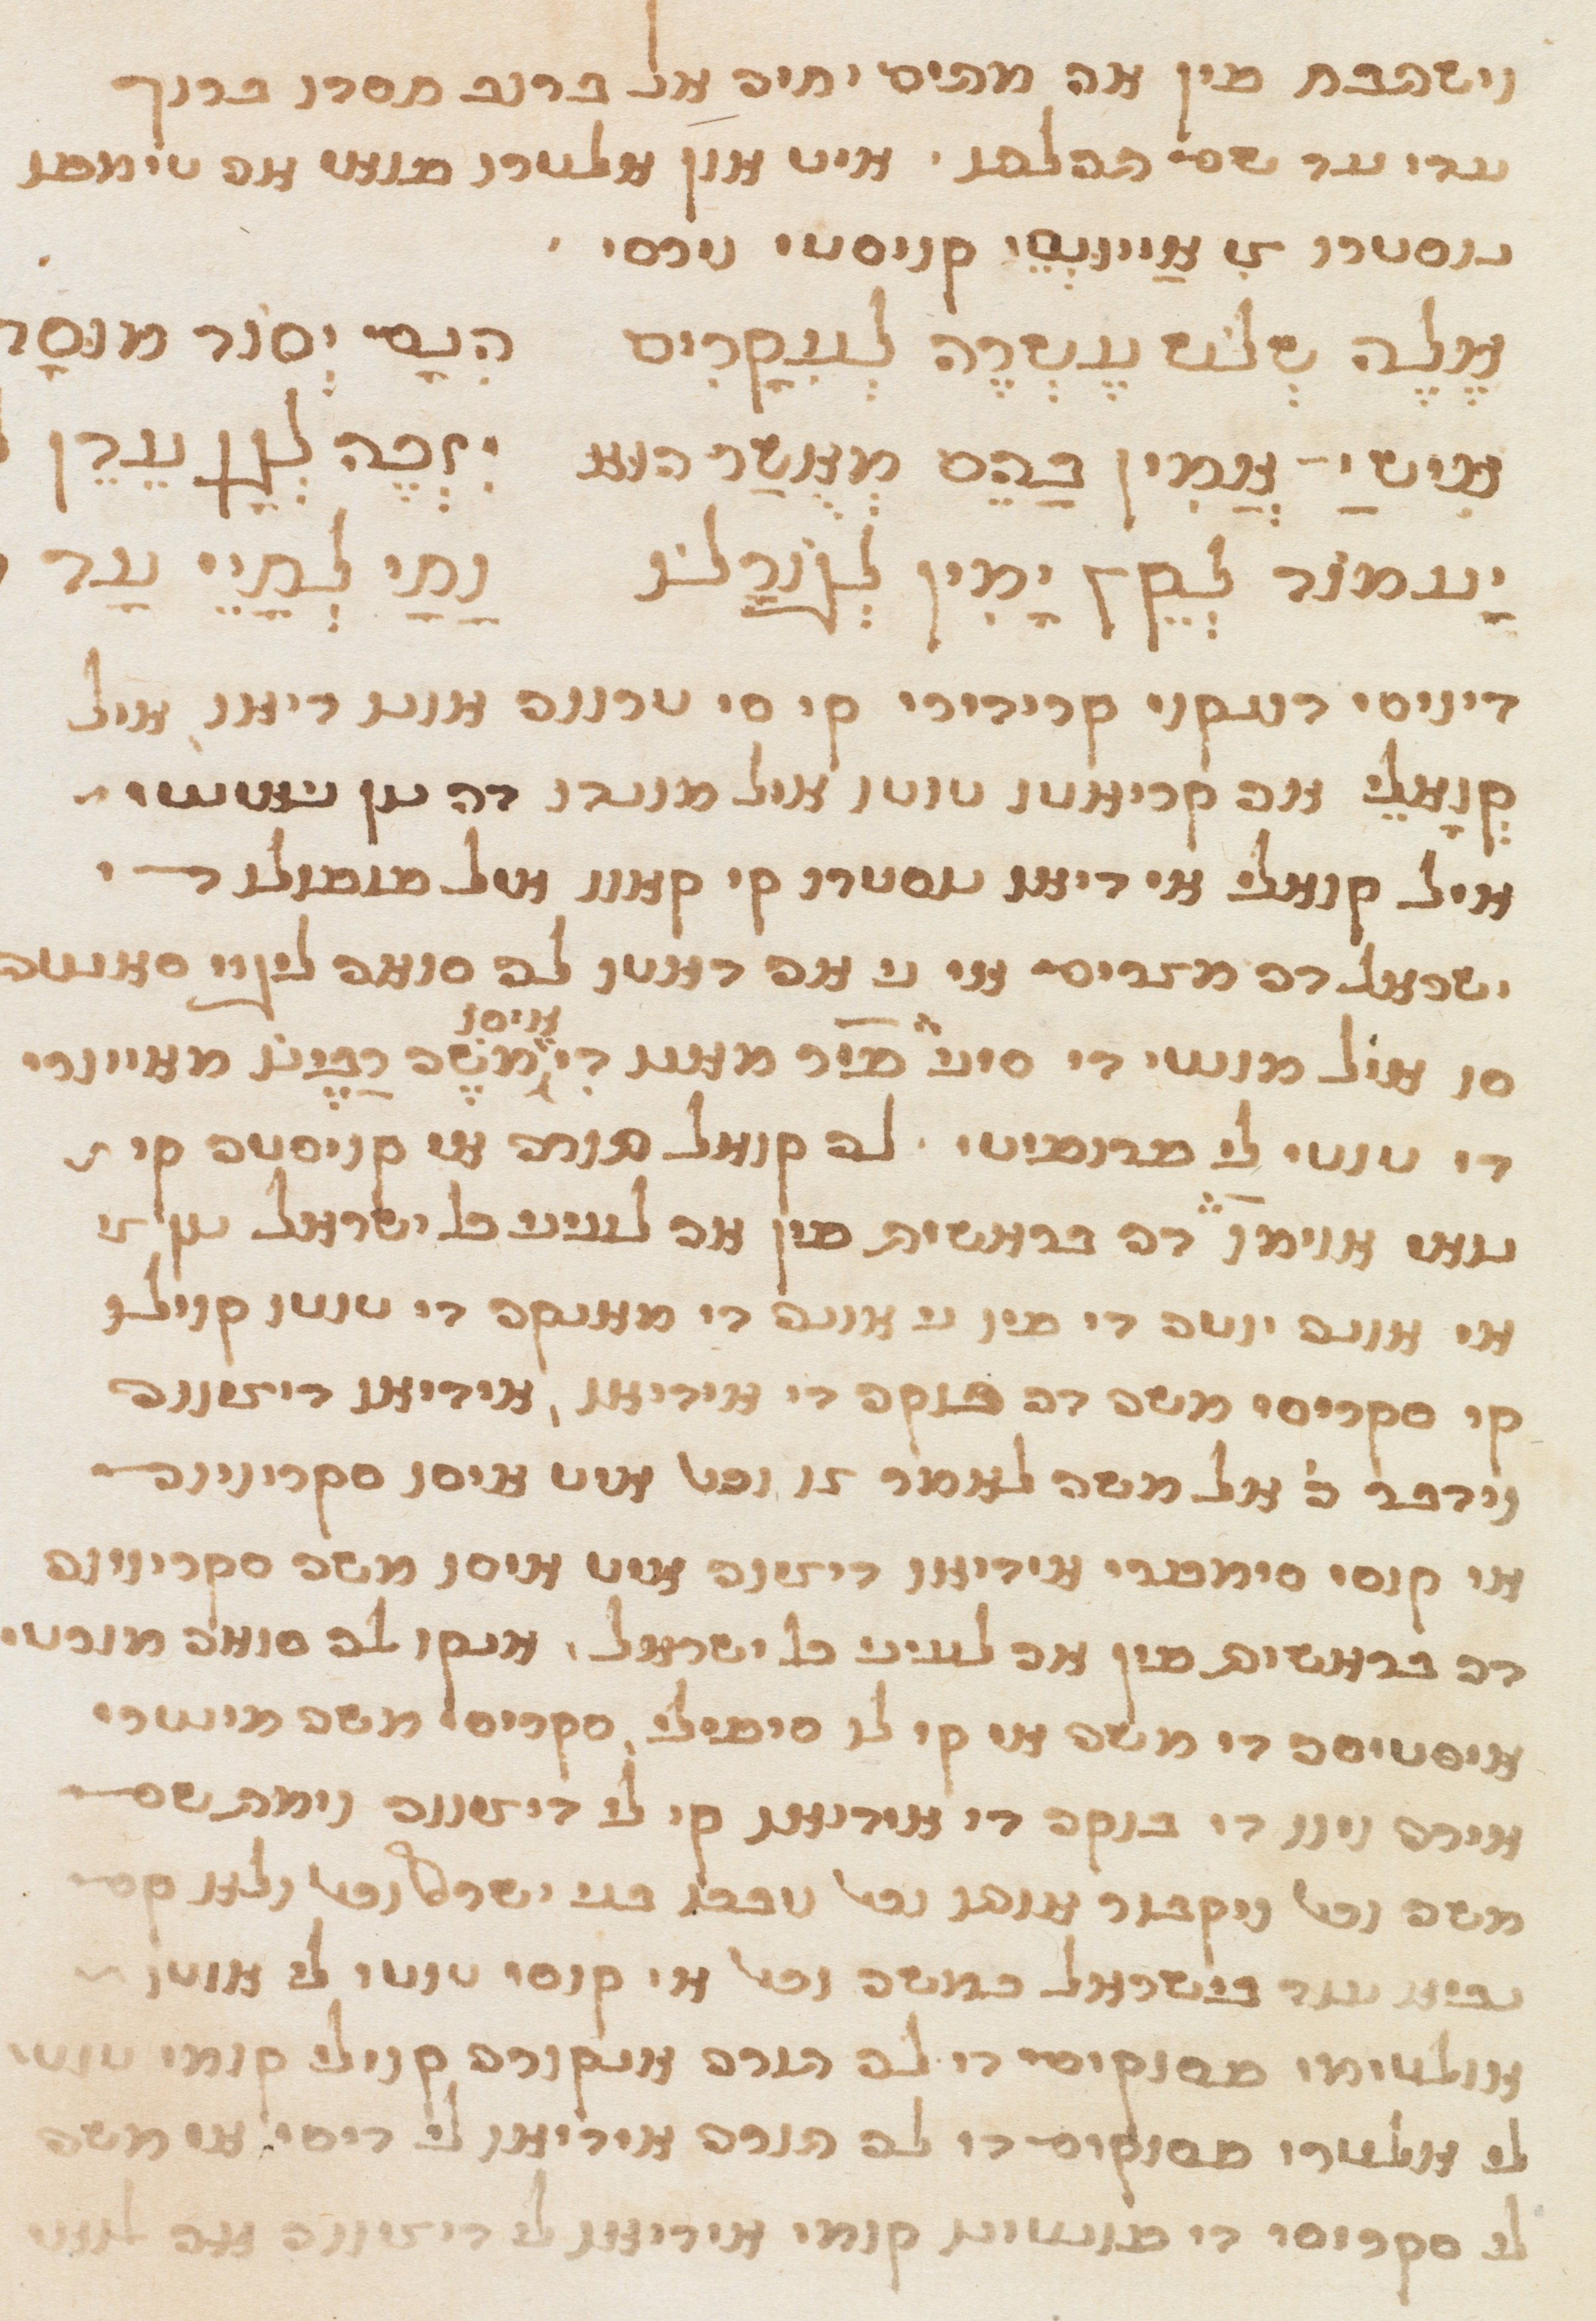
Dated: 1565–1599